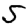
Digit: 5